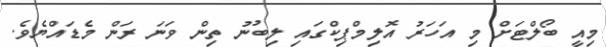
މިއީ ބޯލްޓަށް މި އަހަރު އޮލިމްޕިކްގައި ލިބުނު ތިން ވަނަ ރަން މެޑައްޔެވެ.